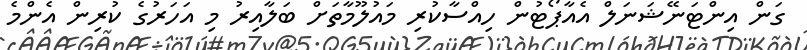
ގަން އިންޓަނޭޝަނަލް އެއާޕޯޓުން ހިއްސާކުރި މައުލޫމާތަށް ބަލާއިރު މި އަހަރުގެ ކުރިން އެންމެ